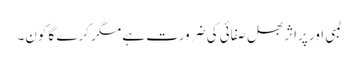
لمبی اور پراثر بھل صفائی کی ضرورت ہے مگر کرے گا کون۔